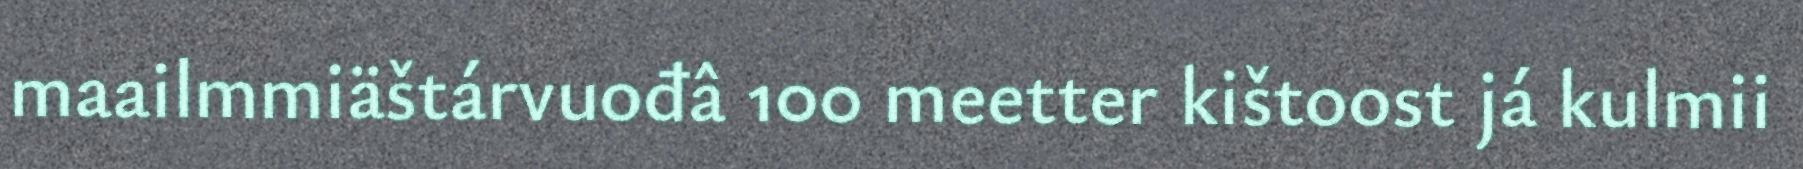
maailmmiäštárvuođâ 100 meetter kištoost já kulmii